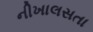
નીખાલસતા